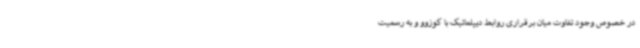
در خصوص وجود تفاوت میان برقراری روابط دیپلماتیک با کوزوو و به رسمیت